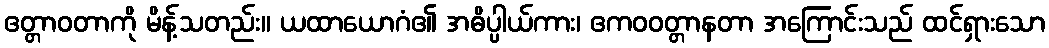
ဧတ္တာဝတာကို မိန့်သတည်း။ ယထာယောဂံ၏ အဓိပ္ပါယ်ကား၊ ဧကဝဝတ္တာနတာ အကြောင်းသည် ထင်ရှားသော